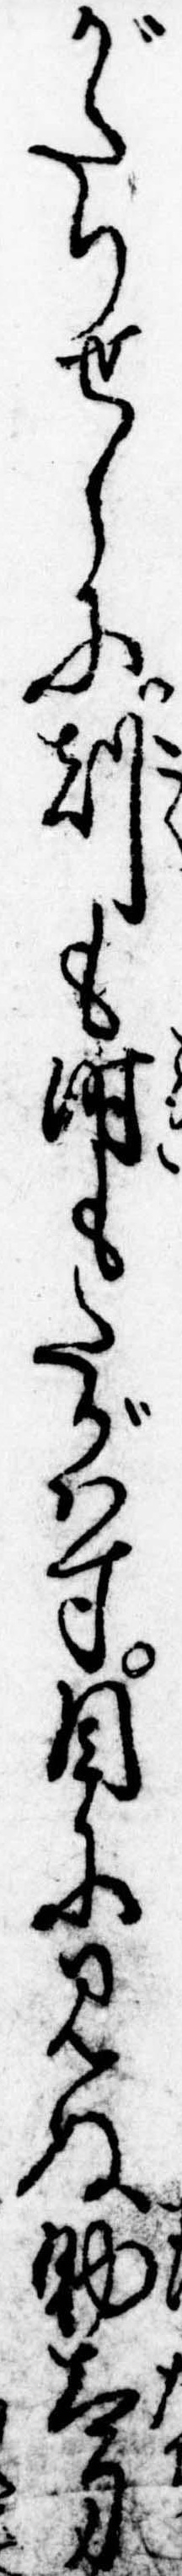
がたりせしに刻も時もたがはす目に見ぬ助太刀